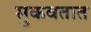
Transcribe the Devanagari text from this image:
सुकवतात